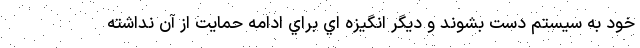
خود به سيستم دست بشوند و ديگر انگيزه اي براي ادامه حمايت از آن نداشته